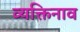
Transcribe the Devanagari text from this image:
व्यक्तिनाव